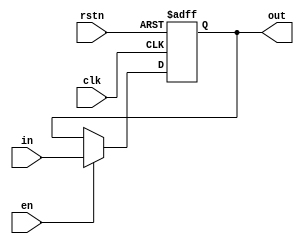
`timescale 1ns / 1ps
//////////////////////////////////////////////////////////////////////////////////
// Company: 
// Engineer: 
// 
// Design Name: 
// Module Name: FF
// Project Name: 
// Target Devices: 
// Tool Versions: 
// Description: 
// 
// Dependencies: 
// 
// Revision:
// Revision 0.01 - File Created
// Additional Comments:
// 
//////////////////////////////////////////////////////////////////////////////////

module FF#(
parameter WIDTH = 6 	
)(
    input clk,en,rstn,
    input [WIDTH-1:0] in,
    output reg [WIDTH-1:0] out
);

always@(posedge clk or negedge rstn) begin
    if(!rstn) out <= 0;
    else begin
        if(en) out <= in;
        else out <= out;
    end
end
endmodule